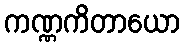
ကဏ္ဏကိတာယော